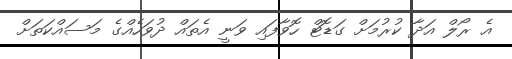
އެ ރޯލް އަދާ ކުރުމަށް ގަޑޮޓް ހޮވާފައި ވަނީ އެތައް ދުވަހެއްގެ މަސައްކަތަށް